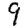
Digit: 9